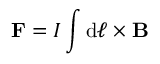
\mathbf { F } = I \int \mathrm { d } { \boldsymbol { \ell } } \times \mathbf { B }